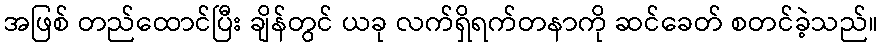
အဖြစ် တည်ထောင်ပြီး ချိန်တွင် ယခု လက်ရှိရက်တနာကို ဆင်ခေတ် စတင်ခဲ့သည်။